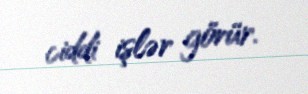
ciddi işlər görür.